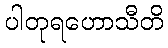
ပါတုရဟောသီတိ